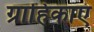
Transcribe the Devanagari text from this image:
ग्राहिकाएं